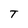
Character: T